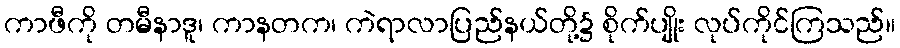
ကာဖီကို တမီနာဒူ၊ ကာနတက၊ ကဲရာလာပြည်နယ်တို့၌ စိုက်ပျိုး လုပ်ကိုင်ကြသည်။